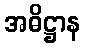
အဓိဋ္ဌာန